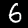
Digit: 6